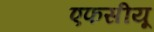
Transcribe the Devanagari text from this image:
एफसीयू